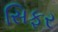
સિફર